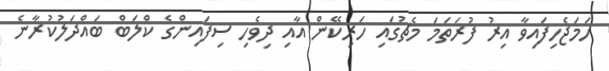
ހަމަޖެހިފައިވާ އިރު ފުރަތަމަ މެޗުގައި ހަރިކޭން އާއި ދިވެހި ސިފައިންގެ ކްލަބް ބައްދަލުކުރާނެ